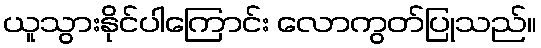
ယူသွားနိုင်ပါကြောင်း လောကွတ်ပြုသည်။